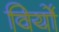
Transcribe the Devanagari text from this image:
विर्यो